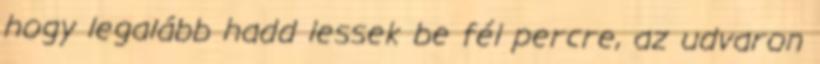
hogy legalább hadd lessek be fél percre, az udvaron